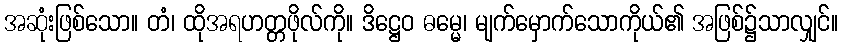
အဆုံးဖြစ်သော။ တံ၊ ထိုအရဟတ္တဖိုလ်ကို။ ဒိဋ္ဌေဝ ဓမ္မေ၊ မျက်မှောက်သောကိုယ်၏ အဖြစ်၌သာလျှင်။